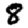
Digit: 8